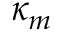
\kappa _ { m }